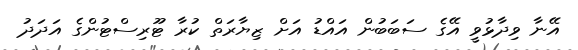
އޭނާ ވިދާޅުވީ އޭގެ ސަބަބުން އައްޑު އަށް ޒިޔާރަތް ކުރާ ޓޫރިސްޓުންގެ އަދަދު